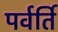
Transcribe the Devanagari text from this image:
पर्वर्ति